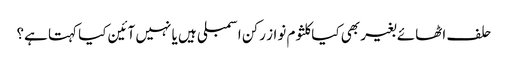
حلف اٹھائے بغیر بھی کیاکلثوم نواز رکن اسمبلی ہیں یا نہیں آئین کیا کہتا ہے؟